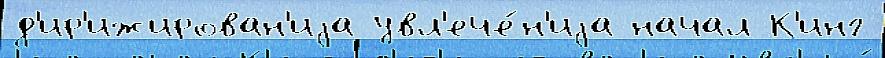
д'ир'ижирован'иjа увл'ече́н'иjа начал К'инг